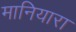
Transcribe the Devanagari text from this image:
मानियारा